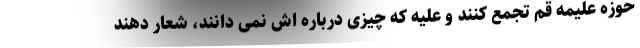
حوزه علیمه قم تجمع کنند و علیه که چیزی درباره اش نمی دانند، شعار دهند